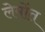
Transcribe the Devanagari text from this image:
लेमोंत